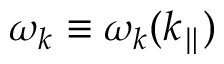
\omega _ { k } \equiv \omega _ { k } ( k _ { \parallel } )